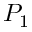
P _ { 1 }